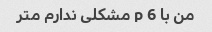
من با 6 p مشکلی ندارم متر